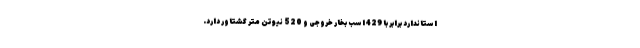
استاندارد برابر با 429 اسب بخار خروجی و 520 نیوتن متر گشتاور دارد.